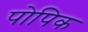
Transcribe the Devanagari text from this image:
पोपिक